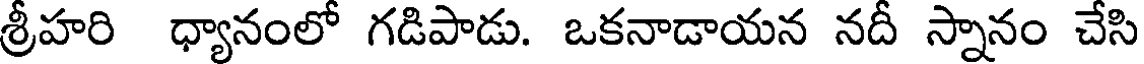
శ్రీహరి ధ్యానంలో గడిపాడు. ఒకనాడాయన నదీ స్నానం చేసి